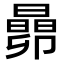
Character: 𬁬